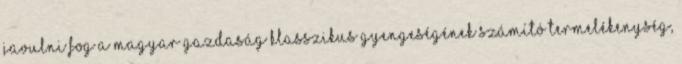
javulni fog a magyar gazdaság klasszikus gyengeségének számító termelékenység,